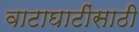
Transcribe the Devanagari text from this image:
वाटाघाटींसाठी